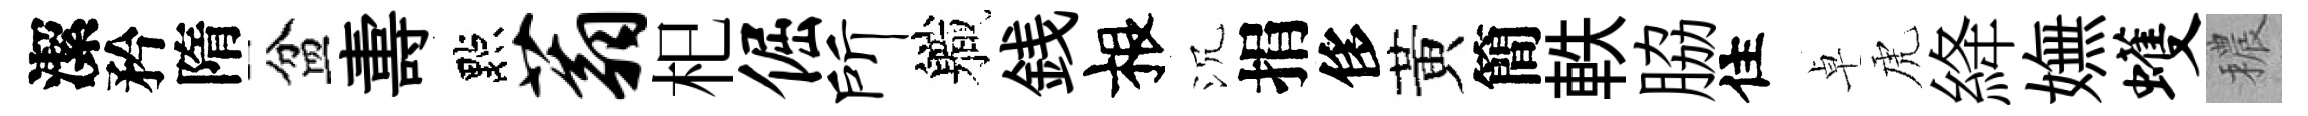
潔矜隋盆夀點蓊𣏌倔所軄銭根沉捐侈黃簡軼脇住卓虎絳嫵蠖穠